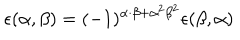
LaTeX: \epsilon ( \alpha , \beta ) = ( - 1 ) ^ { \alpha \cdot \beta + { \alpha } ^ { 2 } { \beta } ^ { 2 } } \epsilon ( \beta , \alpha )